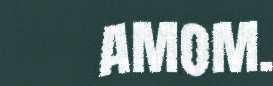
amom.